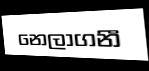
නෙලාගනී